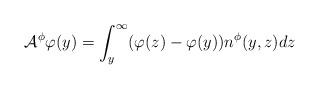
LaTeX: \begin{align*}\mathcal{A}^{\phi} \varphi(y)=\int_{y}^{\infty} (\varphi(z)-\varphi(y))n^{\phi}(y,z)dz\end{align*}